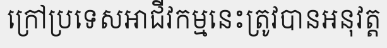
ក្រៅប្រទេសអាជីវកម្មនេះត្រូវបានអនុវត្ត